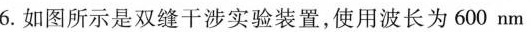
6.如图所示是双缝干涉实验装置，使用波长为600nm